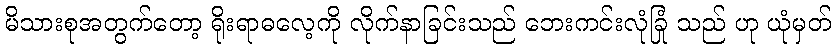
မိသားစုအတွက်တော့ ရိုးရာဓလေ့ကို လိုက်နာခြင်းသည် ဘေးကင်းလုံခြုံ သည် ဟု ယုံမှတ်